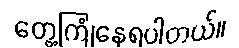
တွေ့ကြုံနေရပါတယ်။